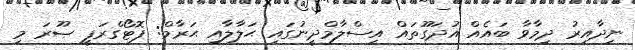
ނިދާއިރު ދިމާވާ ބައެއް އުދަގޫތައް އިސްލާމްދީނުގައި ޙަލާލާއި ޙަރާމް: ފޮޓޯގްރަފީ ޞޫރަ މި